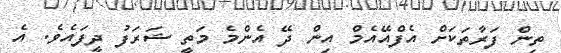
ތިން ފަރާތަކަށް އެފްއޭއެމް އިން ދޭ އެންމެ މަތީ ޝަރަފު ދީފައެވެ. އެ